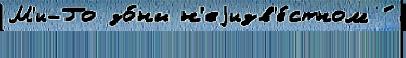
М'и-Го зо́ны н'еjизв'е́стном ́